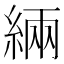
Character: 緉